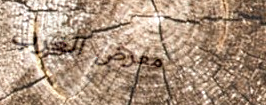
معرض الغرب